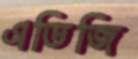
এডিজি